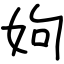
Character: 姁